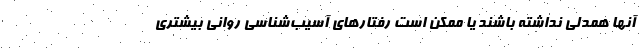
آنها همدلی نداشته باشند یا ممکن است رفتارهای آسیب‌شناسی روانی بیشتری